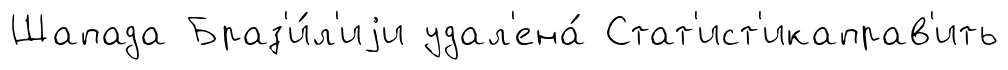
Шапада Браз'и́л'иjи удал'ена́ Стат'ист'икаправ'ить